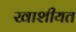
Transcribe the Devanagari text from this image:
खाशीयत